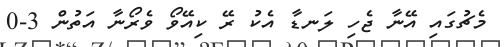
މެޗުގައި އޭނާ ޖެހި ލަނޑާ އެކު ރޭ ކިއޭވޯ ވެރޯނާ އަތުން 3-0